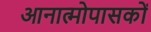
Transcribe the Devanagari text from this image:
आनात्मोपासकों